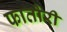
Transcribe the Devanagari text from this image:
फातोरी